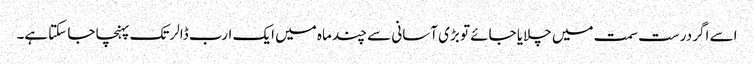
اسے اگر درست سمت میں چلایا جائے تو بڑی آسانی سے چند ماہ میں ایک ارب ڈالرتک پہنچا جا سکتاہے۔